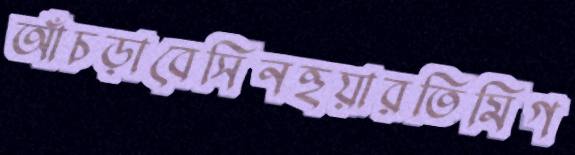
আঁচড়াবেসিনহুয়ারতিমিগ